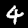
Label: 4